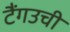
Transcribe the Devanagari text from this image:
टैंगउची